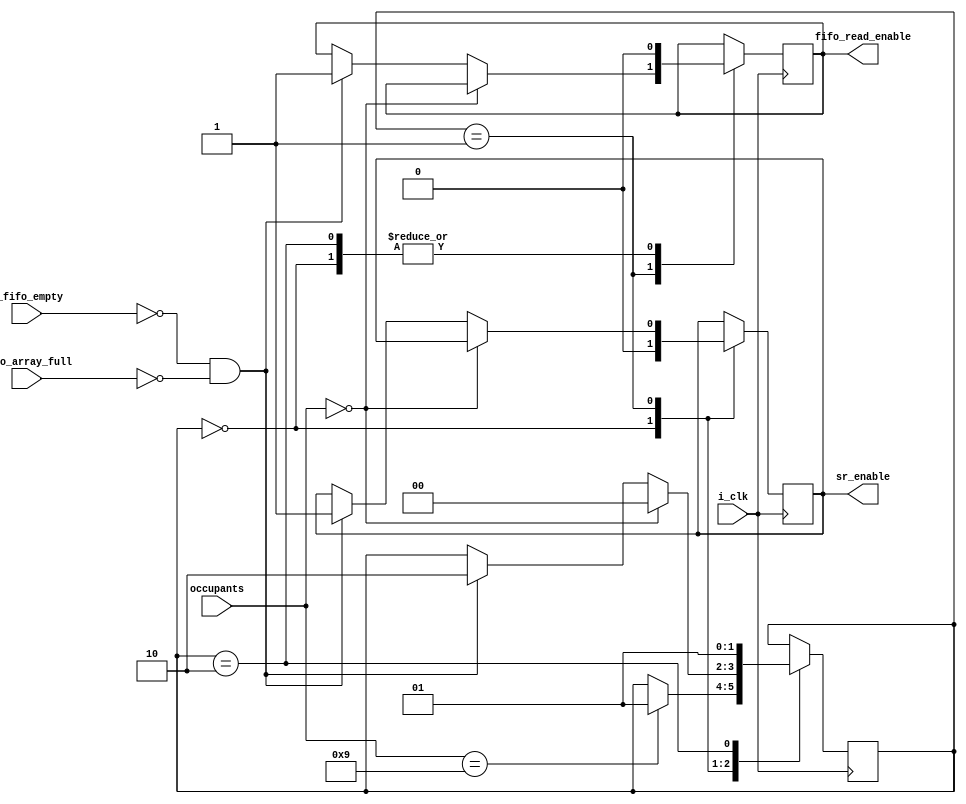
module fifo_controller_row#(
    parameter ROW = 9,
    parameter COL = 1,
    parameter W_ADDR = 8
)(
    input i_clk,
    input i_fifo_empty,
    input [W_ADDR : 0] occupants,
    input [ROW-1:0] fifo_array_full,
    output fifo_read_enable,
    output sr_enable
);

reg sren = 0;
reg rden = 0;

assign fifo_read_enable = rden;
assign sr_enable = sren;
reg [1:0] state = 0;

always @(posedge i_clk)begin
    case(state)
        0: begin
            sren <= 0;
            rden <= 0;
            if(occupants == (COL * ROW))
                state <= 1;
        end
        
        1: begin
            if(occupants == 0)begin
                state <= 0;
            end else begin
                if(i_fifo_empty == 0 && fifo_array_full == 0)begin
                    rden <= 1'b1;
                    sren <= 1'b1;
                    state <= 2;
                end
            end
        end
        
        2: begin
            rden <= 1'b0;
            state <= 1;
        end
    endcase
end
endmodule